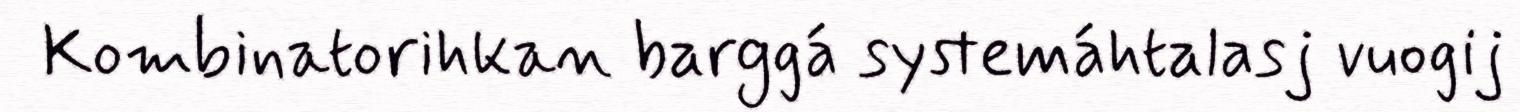
Kombinatorihkan barggá systemáhtalasj vuogij